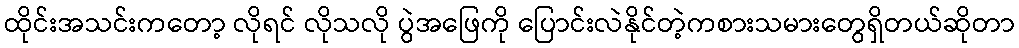
ထိုင်းအသင်းကတော့ လိုရင် လိုသလို ပွဲအဖြေကို ပြောင်းလဲနိုင်တဲ့ကစားသမားတွေရှိတယ်ဆိုတာ